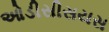
ઓડીસીસયસ